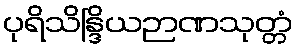
ပုရိသိန္ဒြိယဉာဏသုတ္တံ